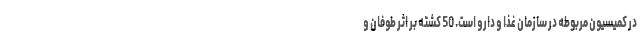
در کمیسیون مربوطه در سازمان غذا و دارو است. 50 کشته بر اثر طوفان و